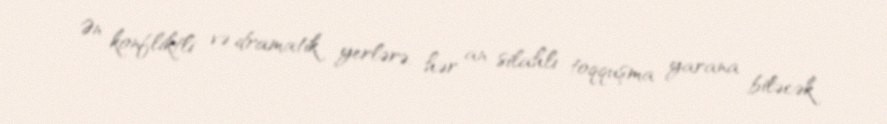
Ən konfliktli və dramatik yerlərə, hər an silahlı toqquşma yarana biləcək